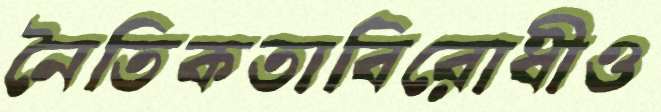
নৈতিকতাবিরোধীও